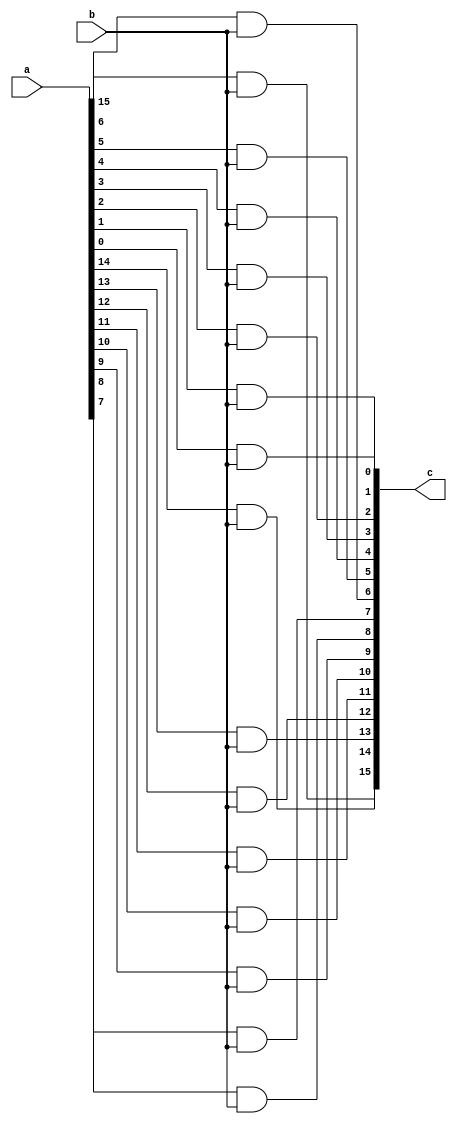
module and_1(a,b,c);
  input [15:0]a;
  input b;
  output [15:0]c;
    
  genvar i;
  
  generate for (i=15;i>=0;i=i-1)
	begin:loop
      and u1(c[i],a[i],b);
	end
  endgenerate
  
  endmodule